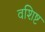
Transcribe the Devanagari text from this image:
वशिष्ट